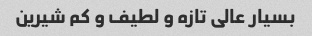
بسیار عالی تازه و لطیف و کم شیرین